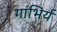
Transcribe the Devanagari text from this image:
गांभिर्य